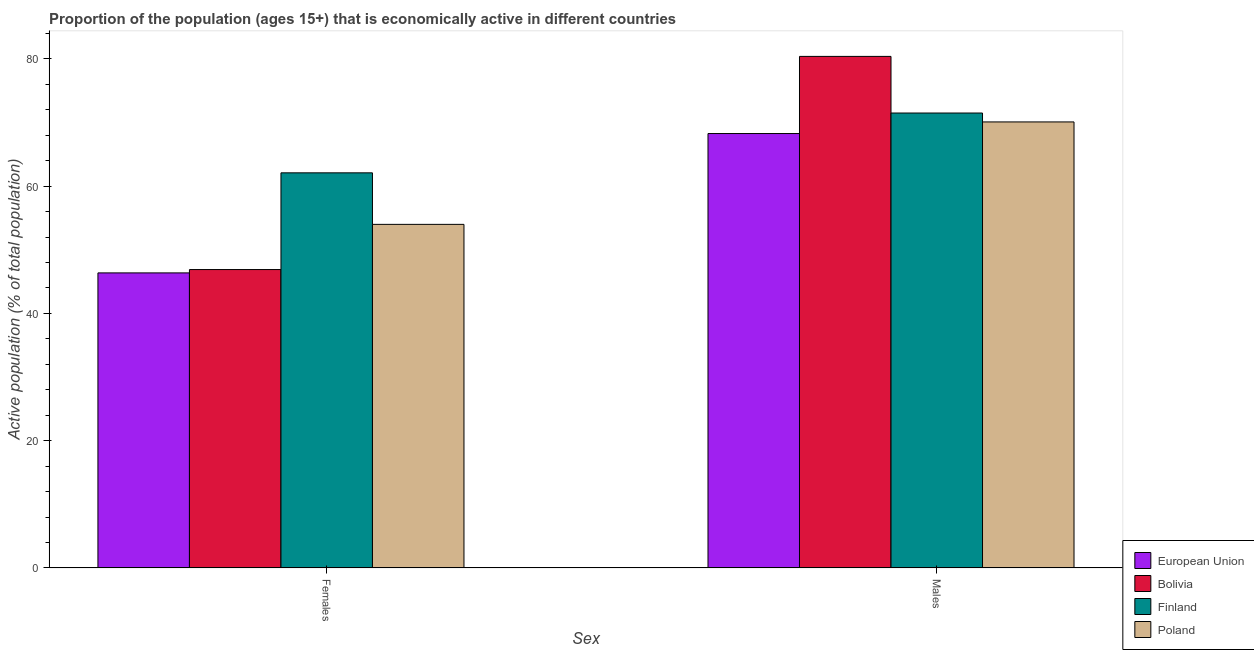
| Sex | European Union | Bolivia | Finland | Poland |
 | --- | --- | --- | --- | --- |
 | Females | 46.4 | 46.9 | 62.1 | 54 |
 | Males | 68.3 | 80.4 | 71.5 | 70.1 |